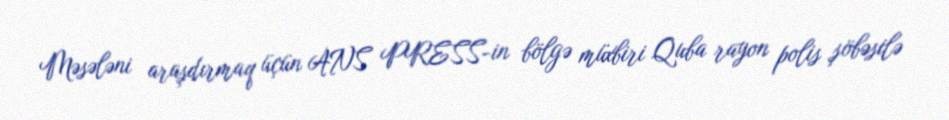
Məsələni araşdırmaq üçün ANS PRESS-in bölgə müxbiri Quba rayon polis şöbəsilə